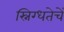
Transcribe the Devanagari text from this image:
स्निग्धतेचें